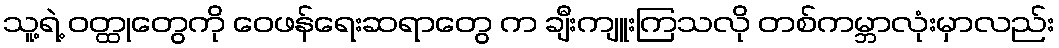
သူ့ရဲ့ ဝတ္ထုတွေကို ဝေဖန်ရေးဆရာတွေ က ချီးကျူးကြသလို တစ်ကမ္ဘာလုံးမှာလည်း